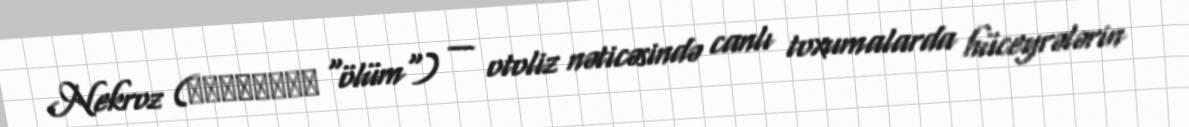
Nekroz (νέκρωσις "ölüm") — otoliz nəticəsində canlı toxumalarda hüceyrələrin